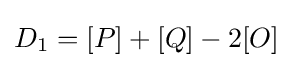
D_{1}=[P]+[Q]-2[O]